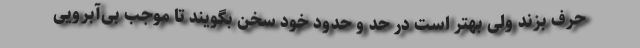
حرف بزند ولی بهتر است در حد و حدود خود سخن بگویند تا موجب بی‌آبرویی